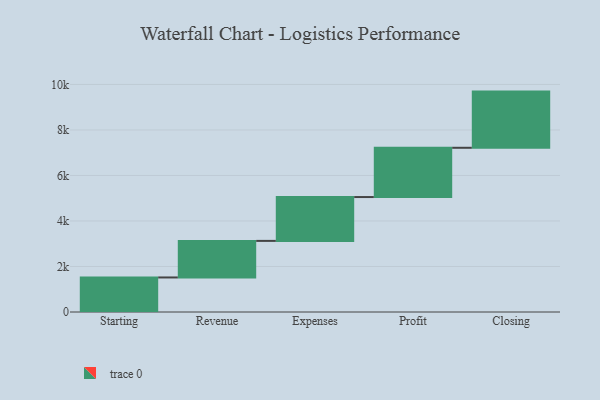
{"axis": {"x": "Step", "y": "Value"}, "legend": [""], "data": [{"x": "Starting", "y": 1518.0, "type": ""}, {"x": "Revenue", "y": 1607.0, "type": ""}, {"x": "Expenses", "y": 1927.0, "type": ""}, {"x": "Profit", "y": 2165.0, "type": ""}, {"x": "Closing", "y": 2469.0, "type": ""}]}